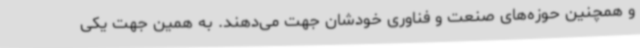
و همچنین حوزه‌های صنعت و فناوری خودشان جهت می‌دهند. به همین جهت یکی